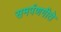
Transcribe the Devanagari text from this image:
समर्पणगीते